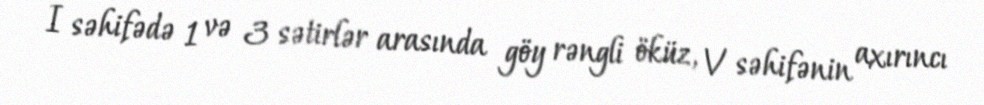
I səhifədə 1 və 3 sətirlər arasında göy rəngli öküz, V səhifənin axırıncı